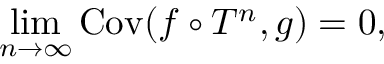
\operatorname* { l i m } _ { n \to \infty } \operatorname { C o v } ( f \circ T ^ { n } , g ) = 0 ,